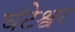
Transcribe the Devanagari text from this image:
घंटेश्वर